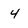
Character: 4